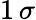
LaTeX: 1\, \sigma